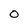
Character: 0